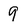
Character: 9